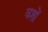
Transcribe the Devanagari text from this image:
वशों